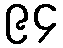
၉၄